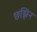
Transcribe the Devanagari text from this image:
छझिन